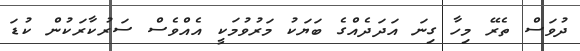
ދުވަސް ތެރޭ މިހާ ގިނަ އަދަދެއްގެ ބަަޔަކު މަރުވުމަކީ އެއްވެސް ސަރުކާރަކުން ކުޑަ